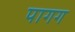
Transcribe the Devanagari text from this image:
पागग